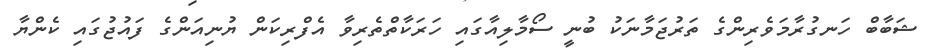
ޝަބާބް ހަނގުރާމަވެރިންގެ ތަރުޖަމާނަކު ބުނީ ސޯމާލިއާގައި ހަރަކާތްތެރިވާ އެފްރިކަން ޔުނިއަންގެ ފައުޖުގައި ކެންޔާ